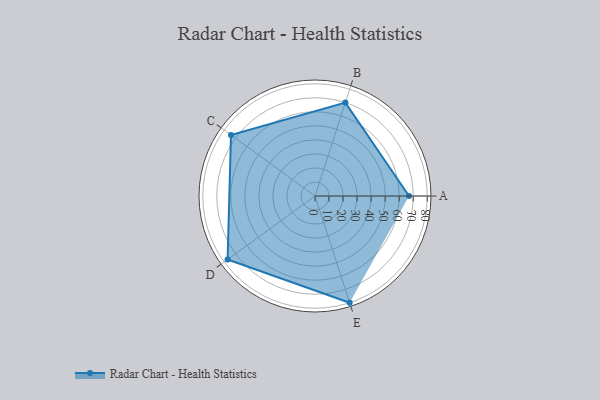
{"axis": {"x": "Skill", "y": "Score"}, "legend": ["Profile"], "data": [{"x": "A", "y": 67.0, "type": "Profile"}, {"x": "B", "y": 70.0, "type": "Profile"}, {"x": "C", "y": 74.0, "type": "Profile"}, {"x": "D", "y": 77.0, "type": "Profile"}, {"x": "E", "y": 80.0, "type": "Profile"}]}